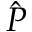
\hat { P }